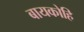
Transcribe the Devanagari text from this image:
बायकोहि